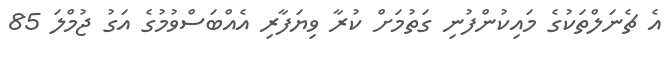
އެ ޗެނަލްތަކުގެ މައިކުންފުނި ގަތުމަށް ކުރާ ވިޔަފާރި އެއްބަސްވުމުގެ އަގު ޖުމްލަ 85